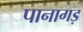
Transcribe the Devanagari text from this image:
पानागड़